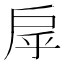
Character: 𢨽